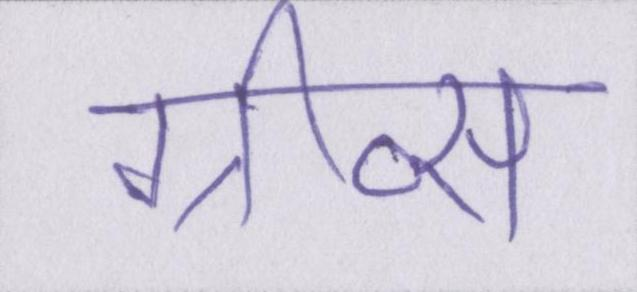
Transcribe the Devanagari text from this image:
ग्रीव्स